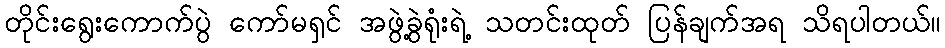
တိုင်းရွေးကောက်ပွဲ ကော်မရှင် အဖွဲ့ခွဲရုံးရဲ့ သတင်းထုတ် ပြန်ချက်အရ သိရပါတယ်။